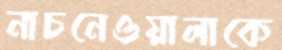
নাচনেওয়ালাকে